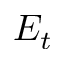
E _ { t }